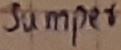
Text: JUMPER